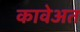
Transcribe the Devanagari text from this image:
कावेअत